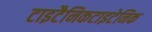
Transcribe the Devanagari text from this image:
टाइटैनिकटाइटेनिक